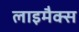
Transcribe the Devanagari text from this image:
लाइमैक्स